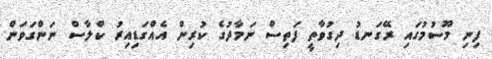
ފިނި މޫސުމުގައި ރޭގަނޑު ދިގުވާތީ ފަތިސް ނަމާދުގެ ކުރިން އެއްގަޑިއިރު ކްލާސް ނަންގަވަން